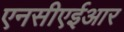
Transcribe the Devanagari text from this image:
एनसीएईआर